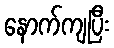
နောက်ကျပြီး